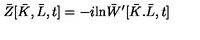
\bar { Z } [ \bar { K } , \bar { L } , t ] = - i \mathrm { l n } \bar { W } ^ { \prime } [ \bar { K } . \bar { L } , t ]